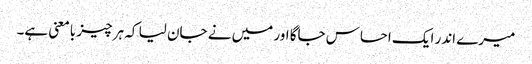
میرے اندر ایک احساس جاگا اور میں نے جان لیا کہ ہر چیز بامعنی ہے۔